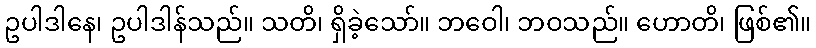
ဥပါဒါနေ၊ ဥပါဒါန်သည်။ သတိ၊ ရှိခဲ့သော်။ ဘဝေါ၊ ဘဝသည်။ ဟောတိ၊ ဖြစ်၏။